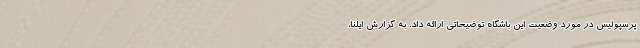
پرسپولیس در مورد وضعیت این باشگاه توضیحاتی ارائه داد. به گزارش ایلنا،